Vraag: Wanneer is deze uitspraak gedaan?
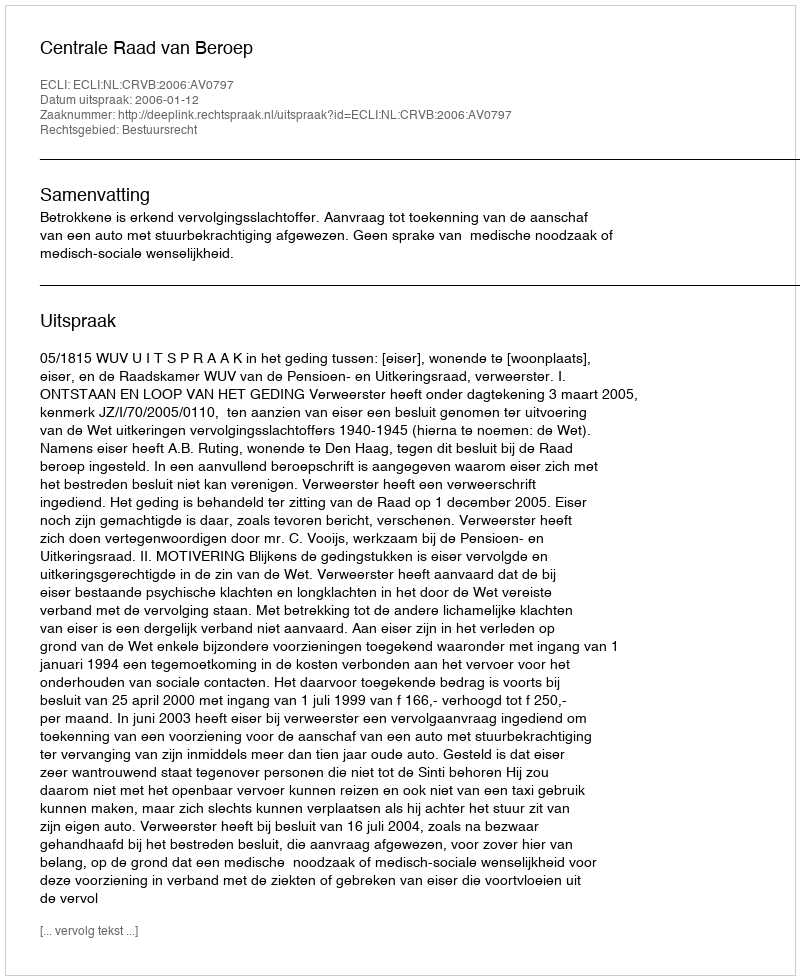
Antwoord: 2006-01-12